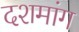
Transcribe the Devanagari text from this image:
दशमांग